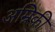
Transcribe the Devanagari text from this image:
अम्रिकी